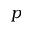
p